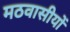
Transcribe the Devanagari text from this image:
मठवासीयों